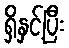
ရှိနှင့်ပြီး